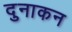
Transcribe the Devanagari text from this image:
दुनाकन